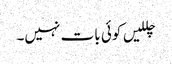
چللیں کوئی بات نہیں۔